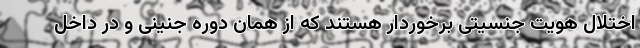
اختلال هویت جنسیتی برخوردار هستند که از همان دوره جنینی و در داخل